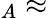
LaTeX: _A\approx